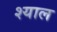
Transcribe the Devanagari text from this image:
श्याल